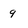
Character: 9